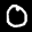
Label: 0